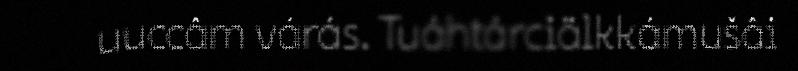
uuccâm várás. Tuáhtárciälkkámušâi